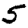
Digit: 5